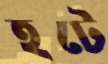
হটে